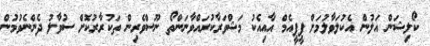
ކޯލިޝަން އަލުން އެކުލަވާލުމަށް ޕީޕީއެމް އާއިއެކު މަޝްވަރާކުރައްވާނަންތޯ ނޫސްވެރިން ތަކުރާރުކޮށް ސުވާލު ދެންނެވުމުން